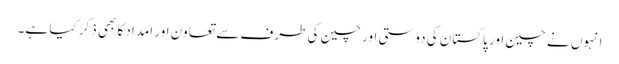
انہوں نے چین اور پاکستان کی دوستی اور چین کی طرف سے تعاون اور امداد کا بھی ذکر کیا ہے۔